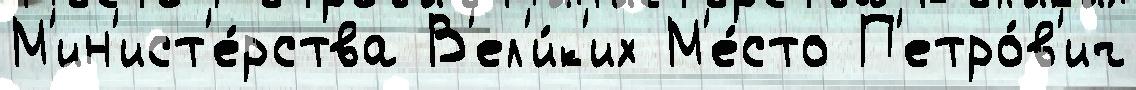
М'ин'ист'е́рства В'ел'и́к'их М'е́сто П'етро́в'ич